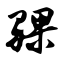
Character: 骒